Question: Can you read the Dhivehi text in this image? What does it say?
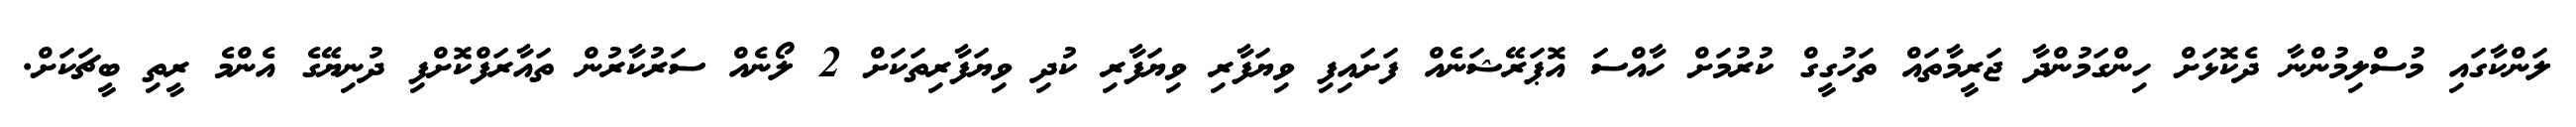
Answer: ލަންކާގައި މުސްލިމުންނާ ދެކޮޅަށް ހިންގަމުންދާ ޖަރީމާތައް ތަހުގީގް ކުރުމަށް ހާއްސަ އޮޕަރޭޝަނެއް ފަށައިފި ވިޔަފާރި ވިޔަފާރި ކުދި ވިޔަފާރިތަކަށް 2 ލޯނެއް ސަރުކާރުން ތައާރަފްކޮށްފި ދުނިޔޭގެ އެންމެ ރީތި ބީޗަކަށް.